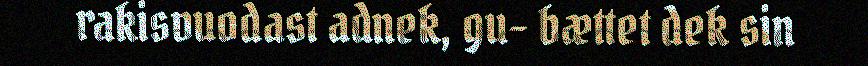
rakisvuodast adnek, gu- bættet dek sin